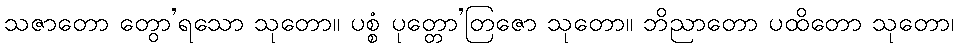
သဇာတော တွော’ရသော သုတော။ ပစ္စံ ပုတ္တော’တြဇော သုတော။ ဘိညာတော ပထိတော သုတော၊